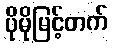
ပိုမိုမြင့်တက်